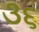
૩૬